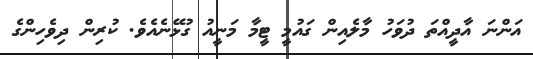
އަންނަ އާދީއްތަ ދުވަހު މާލެއިން ގައުމީ ޓީމާ މަނީއު ގުޅޭނެއެވެ. ކުރިން ދިވެހިންގެ